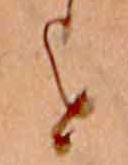
を